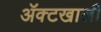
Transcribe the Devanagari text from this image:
ॲक्टखाली